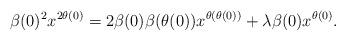
LaTeX: \begin{align*}\beta(0)^2x^{2\theta(0)}=2\beta(0)\beta(\theta(0))x^{\theta(\theta(0))}+\lambda\beta(0)x^{\theta(0)}.\end{align*}